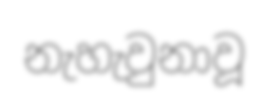
නැහැවුනාවූ